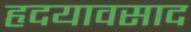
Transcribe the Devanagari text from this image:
हृदयावसाद